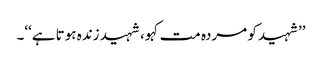
’’شہید کو مردہ مت کہو، شہید زندہ ہوتا ہے‘‘۔